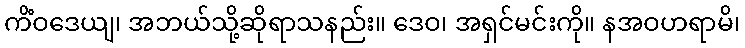
ကိံဝဒေယျ၊ အဘယ်သို့ဆိုရာသနည်း။ ဒေဝ၊ အရှင်မင်းကို။ နအဝဟရာမိ၊